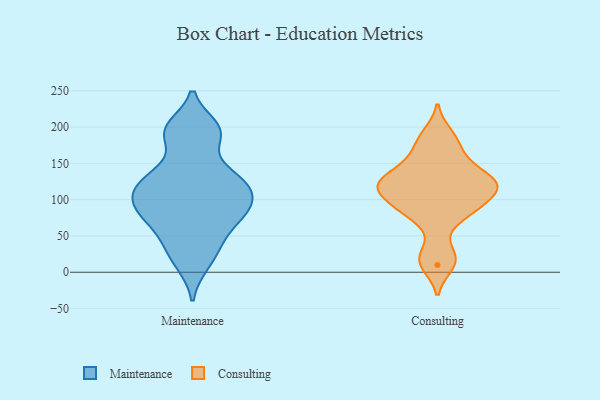
{"axis": {"x": "LTV (USD)", "y": "Value"}, "legend": ["Consulting", "Maintenance"], "data": [{"x": "", "y": 97, "type": "Maintenance"}, {"x": "", "y": 130, "type": "Maintenance"}, {"x": "", "y": 189, "type": "Maintenance"}, {"x": "", "y": 81, "type": "Maintenance"}, {"x": "", "y": 199, "type": "Maintenance"}, {"x": "", "y": 11, "type": "Maintenance"}, {"x": "", "y": 110, "type": "Maintenance"}, {"x": "", "y": 128, "type": "Maintenance"}, {"x": "", "y": 79, "type": "Maintenance"}, {"x": "", "y": 193, "type": "Maintenance"}, {"x": "", "y": 108, "type": "Maintenance"}, {"x": "", "y": 80, "type": "Maintenance"}, {"x": "", "y": 34, "type": "Maintenance"}, {"x": "", "y": 49, "type": "Maintenance"}, {"x": "", "y": 135, "type": "Maintenance"}, {"x": "", "y": 129, "type": "Consulting"}, {"x": "", "y": 115, "type": "Consulting"}, {"x": "", "y": 116, "type": "Consulting"}, {"x": "", "y": 155, "type": "Consulting"}, {"x": "", "y": 103, "type": "Consulting"}, {"x": "", "y": 16, "type": "Consulting"}, {"x": "", "y": 83, "type": "Consulting"}, {"x": "", "y": 10, "type": "Consulting"}, {"x": "", "y": 131, "type": "Consulting"}, {"x": "", "y": 190, "type": "Consulting"}, {"x": "", "y": 135, "type": "Consulting"}, {"x": "", "y": 182, "type": "Consulting"}, {"x": "", "y": 116, "type": "Consulting"}, {"x": "", "y": 74, "type": "Consulting"}, {"x": "", "y": 124, "type": "Consulting"}, {"x": "", "y": 88, "type": "Consulting"}, {"x": "", "y": 91, "type": "Consulting"}, {"x": "", "y": 118, "type": "Consulting"}, {"x": "", "y": 164, "type": "Consulting"}, {"x": "", "y": 26, "type": "Consulting"}]}